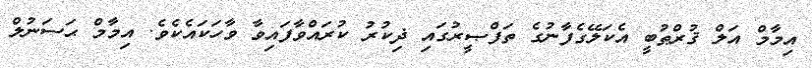
އިމާމް އަލް ޤުރްޠުބީ އެކަލޭގެފާނުގެ ތަފްޞީރުގައި ޛިކުރު ކުރައްވާފައިވާ ވާހަކައެކެވެ. އިމާމް ޙަސަނުލް